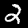
Digit: 2